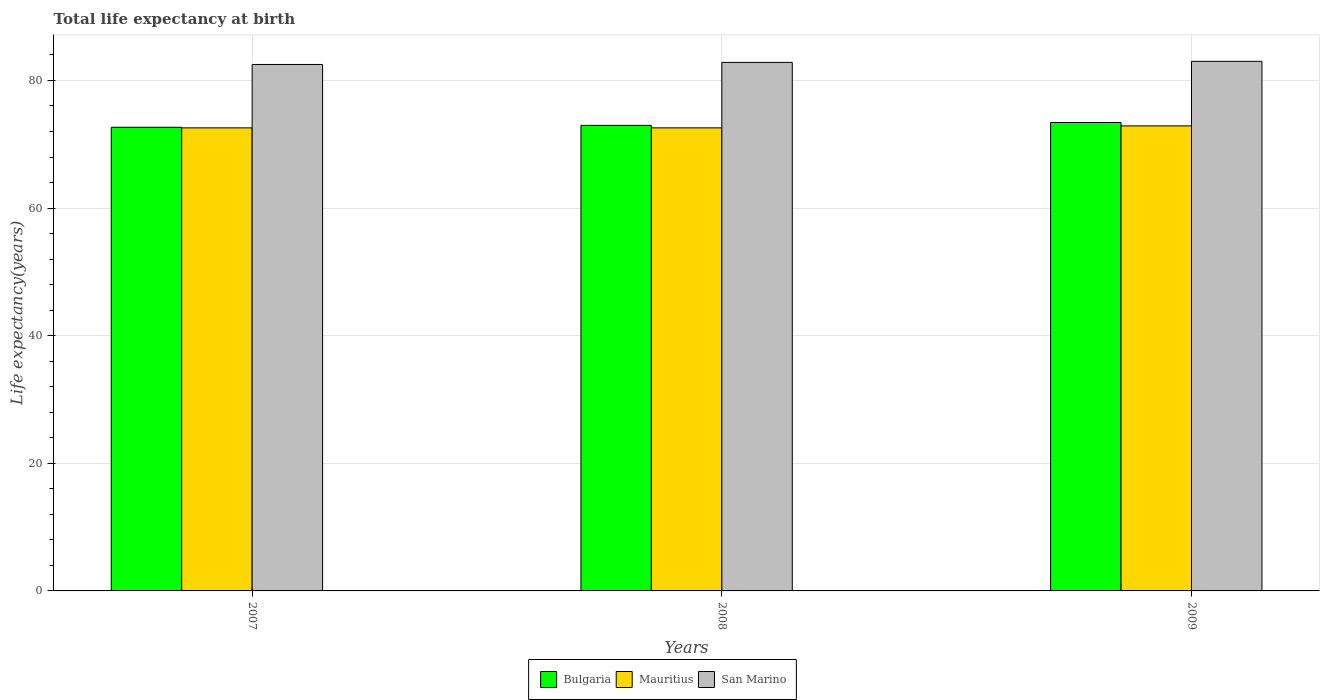
| Years | Bulgaria | Mauritius | San Marino |
 | --- | --- | --- | --- |
 | 2007 | 72.7 | 72.6 | 82.5 |
 | 2008 | 73 | 72.6 | 82.8 |
 | 2009 | 73.4 | 72.9 | 83 |